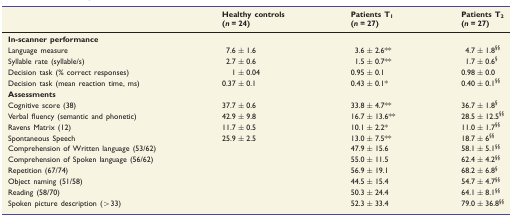
<table><thead><tr><td rowspan="2"></td><td><b>Healthy controls</b></td><td><b>Patients T<sub>1</sub></b></td><td><b>Patients T<sub>2</sub></b></td></tr><tr><td><b>(<i>n</i> = 24)</b></td><td><b>(<i>n</i> = 27)</b></td><td><b>(<i>n</i> = 27)</b></td></tr></thead><tbody><tr><td colspan="4"><b>In-scanner performance</b></td></tr><tr><td>Language measure</td><td>7.6 ± 1.6</td><td>3.6 ± 2.6**</td><td>4.7 ± 1.8<sup>§§</sup></td></tr><tr><td>Syllable rate (syllable/s)</td><td>2.7 ± 0.6</td><td>1.5 ± 0.7**</td><td>1.7 ± 0.6<sup>§</sup></td></tr><tr><td>Decision task (% correct responses)</td><td>1 ± 0.04</td><td>0.95 ± 0.1</td><td>0.98 ± 0.0</td></tr><tr><td>Decision task (mean reaction time, ms)</td><td>0.37 ± 0.1</td><td>0.43 ± 0.1*</td><td>0.40 ± 0.1<sup>§§</sup></td></tr><tr><td colspan="4"><b>Assessments</b></td></tr><tr><td>Cognitive score (38)</td><td>37.7 ± 0.6</td><td>33.8 ± 4.7**</td><td>36.7 ± 1.8<sup>§</sup></td></tr><tr><td>Verbal fluency (semantic and phonetic)</td><td>42.9 ± 9.8</td><td>16.7 ± 13.6**</td><td>28.5 ± 12.5<sup>§§</sup></td></tr><tr><td>Ravens Matrix (12)</td><td>11.7 ± 0.5</td><td>10.1 ± 2.2*</td><td>11.0 ± 1.7<sup>§§</sup></td></tr><tr><td>Spontaneous Speech</td><td>25.9 ± 2.5</td><td>13.0 ± 7.5**</td><td>18.7 ± 6<sup>§§</sup></td></tr><tr><td>Comprehension of Written language (53/62)</td><td></td><td>47.9 ± 15.6</td><td>58.1 ± 5.1<sup>§§</sup></td></tr><tr><td>Comprehension of Spoken language (56/62)</td><td></td><td>55.0 ± 11.5</td><td>62.4 ± 4.2<sup>§§</sup></td></tr><tr><td>Repetition (67/74)</td><td></td><td>56.9 ± 19.1</td><td>68.2 ± 6.8<sup>§</sup></td></tr><tr><td>Object naming (51/58)</td><td></td><td>44.5 ± 15.4</td><td>54.7 ± 4.7<sup>§§</sup></td></tr><tr><td>Reading (58/70)</td><td></td><td>50.3 ± 24.4</td><td>64.1 ± 8.1<sup>§§</sup></td></tr><tr><td>Spoken picture description (&gt;33)</td><td></td><td>52.3 ± 33.4</td><td>79.0 ± 36.8<sup>§§</sup></td></tr></tbody></table>